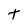
Character: t